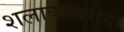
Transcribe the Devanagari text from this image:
शलाकांतरीया